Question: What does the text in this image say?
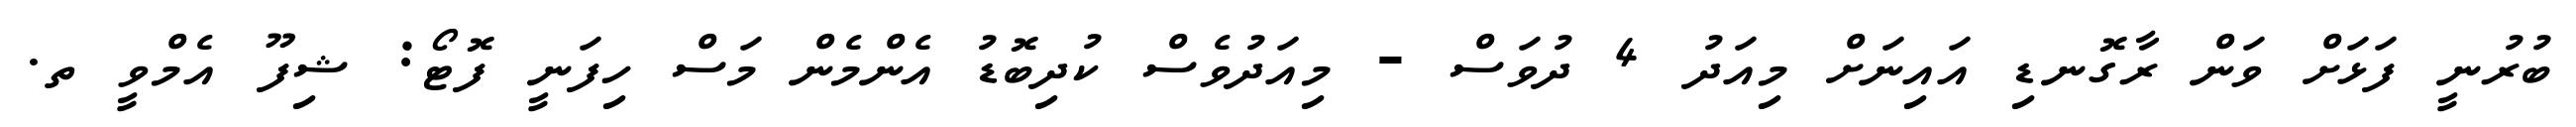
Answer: ބުރުނީ ފަޅަށް ވަން ރާގޮނޑި އައިނަށް މިއަދު 4 ދުވަސް - މިއަދުވެސް ކުދިބޮޑު އެންމެން މަސް ހިފަނީ ފޮޓޯ: ޝިފޫ އެމްވީ ތ.